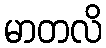
မာတလိ